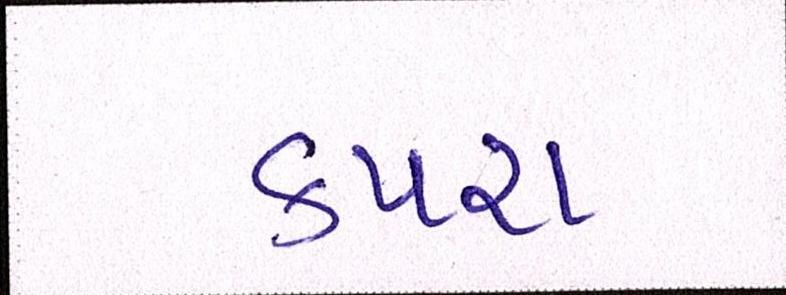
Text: કપરા